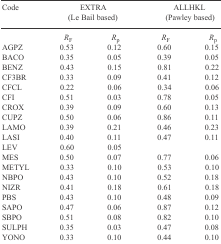
<table><thead><tr><td><b>Code</b></td><td colspan="2"><b>EXTRA(Le Bail based)</b></td><td colspan="2"><b>ALLHKL(Pawley based)</b></td></tr></thead><tbody><tr><td></td><td><i>R</i><sub>F</sub></td><td><i>R</i><sub>p</sub></td><td><i>R</i><sub>F</sub></td><td><i>R</i><sub>p</sub></td></tr><tr><td>AGPZ</td><td>0.53</td><td>0.12</td><td>0.60</td><td>0.15</td></tr><tr><td>BACO</td><td>0.35</td><td>0.05</td><td>0.39</td><td>0.05</td></tr><tr><td>BENZ</td><td>0.43</td><td>0.15</td><td>0.81</td><td>0.22</td></tr><tr><td>CF3BR</td><td>0.33</td><td>0.09</td><td>0.41</td><td>0.12</td></tr><tr><td>CFCL</td><td>0.22</td><td>0.06</td><td>0.34</td><td>0.06</td></tr><tr><td>CFI</td><td>0.51</td><td>0.03</td><td>0.78</td><td>0.05</td></tr><tr><td>CROX</td><td>0.39</td><td>0.09</td><td>0.60</td><td>0.13</td></tr><tr><td>CUPZ</td><td>0.50</td><td>0.06</td><td>0.86</td><td>0.11</td></tr><tr><td>LAMO</td><td>0.39</td><td>0.21</td><td>0.46</td><td>0.23</td></tr><tr><td>LASI</td><td>0.40</td><td>0.11</td><td>0.47</td><td>0.11</td></tr><tr><td>LEV</td><td>0.60</td><td>0.05</td><td></td><td></td></tr><tr><td>MES</td><td>0.50</td><td>0.07</td><td>0.77</td><td>0.06</td></tr><tr><td>METYL</td><td>0.33</td><td>0.10</td><td>0.53</td><td>0.10</td></tr><tr><td>NBPO</td><td>0.43</td><td>0.10</td><td>0.52</td><td>0.18</td></tr><tr><td>NIZR</td><td>0.41</td><td>0.18</td><td>0.61</td><td>0.18</td></tr><tr><td>PBS</td><td>0.43</td><td>0.10</td><td>0.48</td><td>0.09</td></tr><tr><td>SAPO</td><td>0.47</td><td>0.06</td><td>0.87</td><td>0.12</td></tr><tr><td>SBPO</td><td>0.51</td><td>0.08</td><td>0.82</td><td>0.10</td></tr><tr><td>SULPH</td><td>0.35</td><td>0.03</td><td>0.47</td><td>0.08</td></tr><tr><td>YONO</td><td>0.33</td><td>0.10</td><td>0.44</td><td>0.10</td></tr></tbody></table>